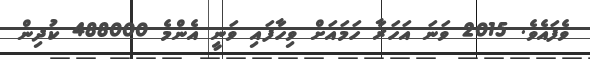
ވެފައެވެ. 2015 ވަނަ އަހަރާ ހަމައަށް ވިހާފައި ވަނީ އެންމެ 488000 ކުދިން